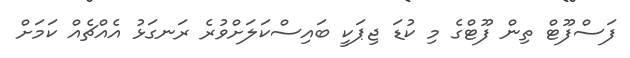
ފަސްފޫޓް ތިން ފޫޓްގެ މި ކުޑަ ޖިޕަކީ ބައިސްކަލަށްވުރެ ރަނގަޅު އެއްޗެއް ކަމަށް